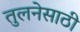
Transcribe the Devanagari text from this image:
तुलनेसाठी